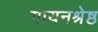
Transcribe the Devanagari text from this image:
गायनश्रेष्ठ